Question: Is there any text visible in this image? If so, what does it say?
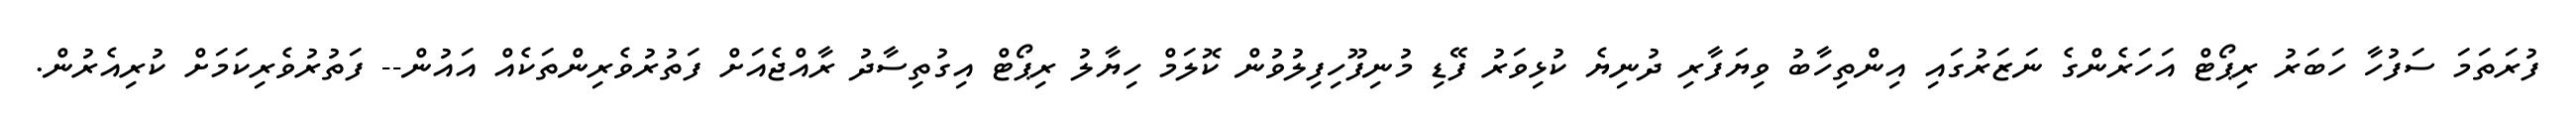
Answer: ފުރަތަމަ ސަފުހާ ހަބަރު ރިޕޯޓް އަހަރެންގެ ނަޒަރުގައި އިންތިހާބު ވިޔަފާރި ދުނިޔެ ކުޅިވަރު ފޭޑި މުނިފޫހިފިލުވުން ކޮލަމް ހިޔާލު ރިޕޯޓް އިގުތިސާދު ރާއްޖެއަށް ފަތުރުވެރިންތަކެއް އައުން-- ފަތުރުވެރިކަމަށް ކުރިއެރުން.